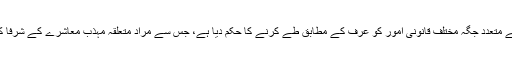
مزید برآں قرآن نے متعدد جگہ مختلف قانونی امور کو عرف کے مطابق طے کرنے کا حکم دیا ہے، جس سے مراد متعلقہ مہذب معاشرے کے شرفا کا دستور ہوتا ہے۔